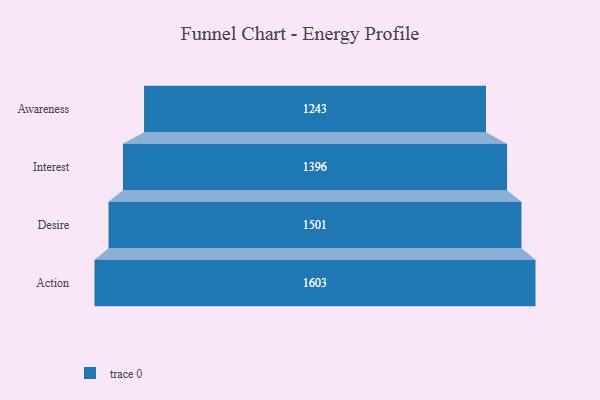
{"axis": {"x": "Stage", "y": "Value"}, "legend": [""], "data": [{"x": "Awareness", "y": 1243.0, "type": ""}, {"x": "Interest", "y": 1396.0, "type": ""}, {"x": "Desire", "y": 1501.0, "type": ""}, {"x": "Action", "y": 1603.0, "type": ""}]}